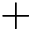
+